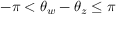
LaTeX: - \pi < \theta _ { w } - \theta _ { z } \leq \pi